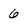
Character: 6